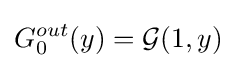
G_{0}^{out}(y)={\mathcal {G}}(1,y)